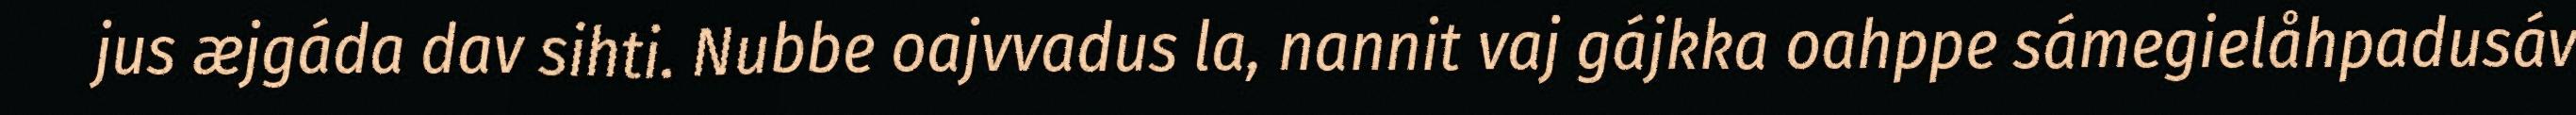
jus æjgáda dav sihti. Nubbe oajvvadus la, nannit vaj gájkka oahppe sámegielåhpadusáv